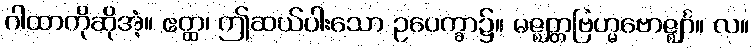
ဂါထာကိုဆိုအံ့။ ဧတ္ထ၊ ဤဆယ်ပါးသော ဥပေက္ခာ၌။ မဇ္ဈတ္တဗြဟ္မဗောဇ္ဈင်္ဂ။ လ။